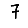
Digit: 7